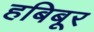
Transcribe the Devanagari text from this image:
हबिबूर